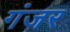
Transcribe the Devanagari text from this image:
गंजर